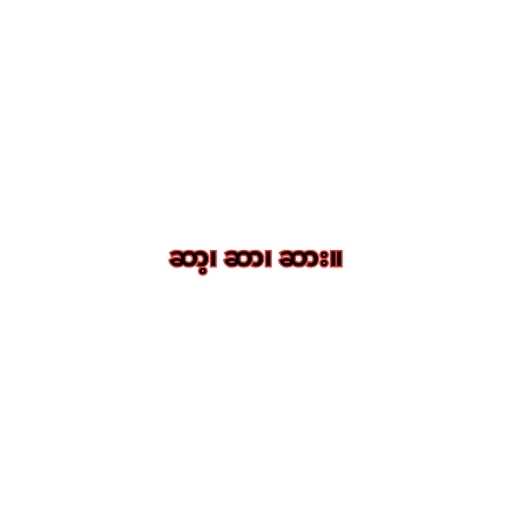
ဆာ့၊ ဆာ၊ ဆား။